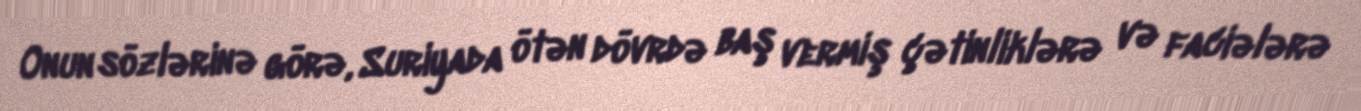
Onun sözlərinə görə, Suriyada ötən dövrdə baş vermiş çətinliklərə və faciələrə